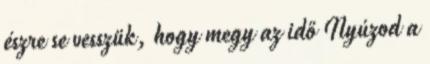
észre se vesszük, hogy megy az idő Nyúzod a